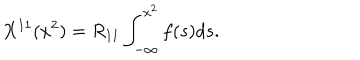
X ^ { 1 1 } ( x ^ { 2 } ) = R _ { 1 1 } \int _ { - \infty } ^ { x ^ { 2 } } f ( s ) d s .